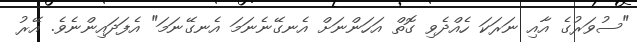
"ސުވަރުގެ އާއި ނަރަކަ ހެއްދެވި ގޮތް އަހަންނަށް އެނގޭނެނަމަ އެނގޭނަމަ" އެފަދައިންނެވެ. އޭރު